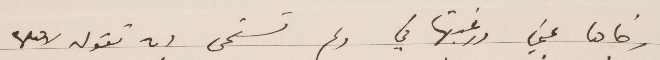
رضاها عني ورغبتها في ولم تستحي ان تقوله لاهلها